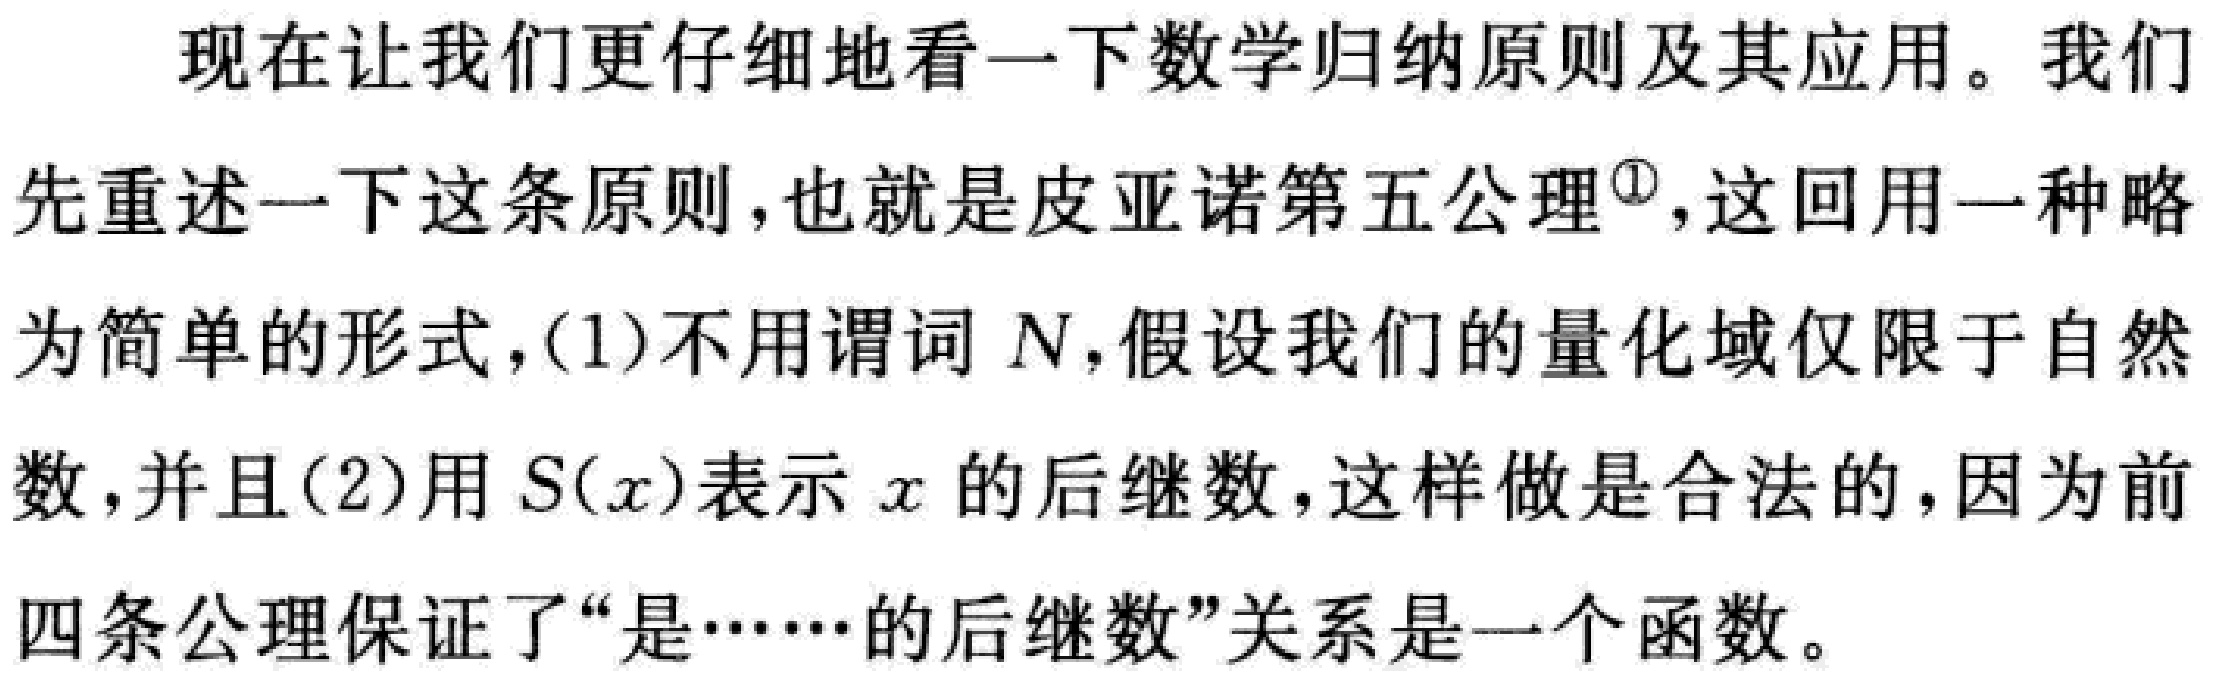
现在让我们更仔细地看一下数学归纳原则及其应用。我们

先重述一下这条原则，也就是皮亚诺第五公理\(^{\circled{1}}\)，这回用一种略

为简单的形式，(1)不用谓词\(N\)，假设我们的量化域仅限于自然

数，并且(2)用\(S(x)\)表示\(x\)的后继数，这样做是合法的，因为前

四条公理保证了“是……的后继数”关系是一个函数。